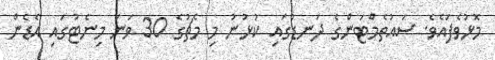
މޮޅުވެފައެވެ. ސައުތެމްޓަންގެ ދަނޑުގައި ކުޅުނު މި މެޗުގެ 30 ވަނަ މިނެޓުގައި އެޑެން